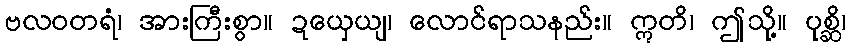
ဗလဝတရံ၊ အားကြီးစွာ။ ဍယှေယျ၊ လောင်ရာသနည်း။ ဣတိ၊ ဤသို့။ ပုစ္ဆိ၊